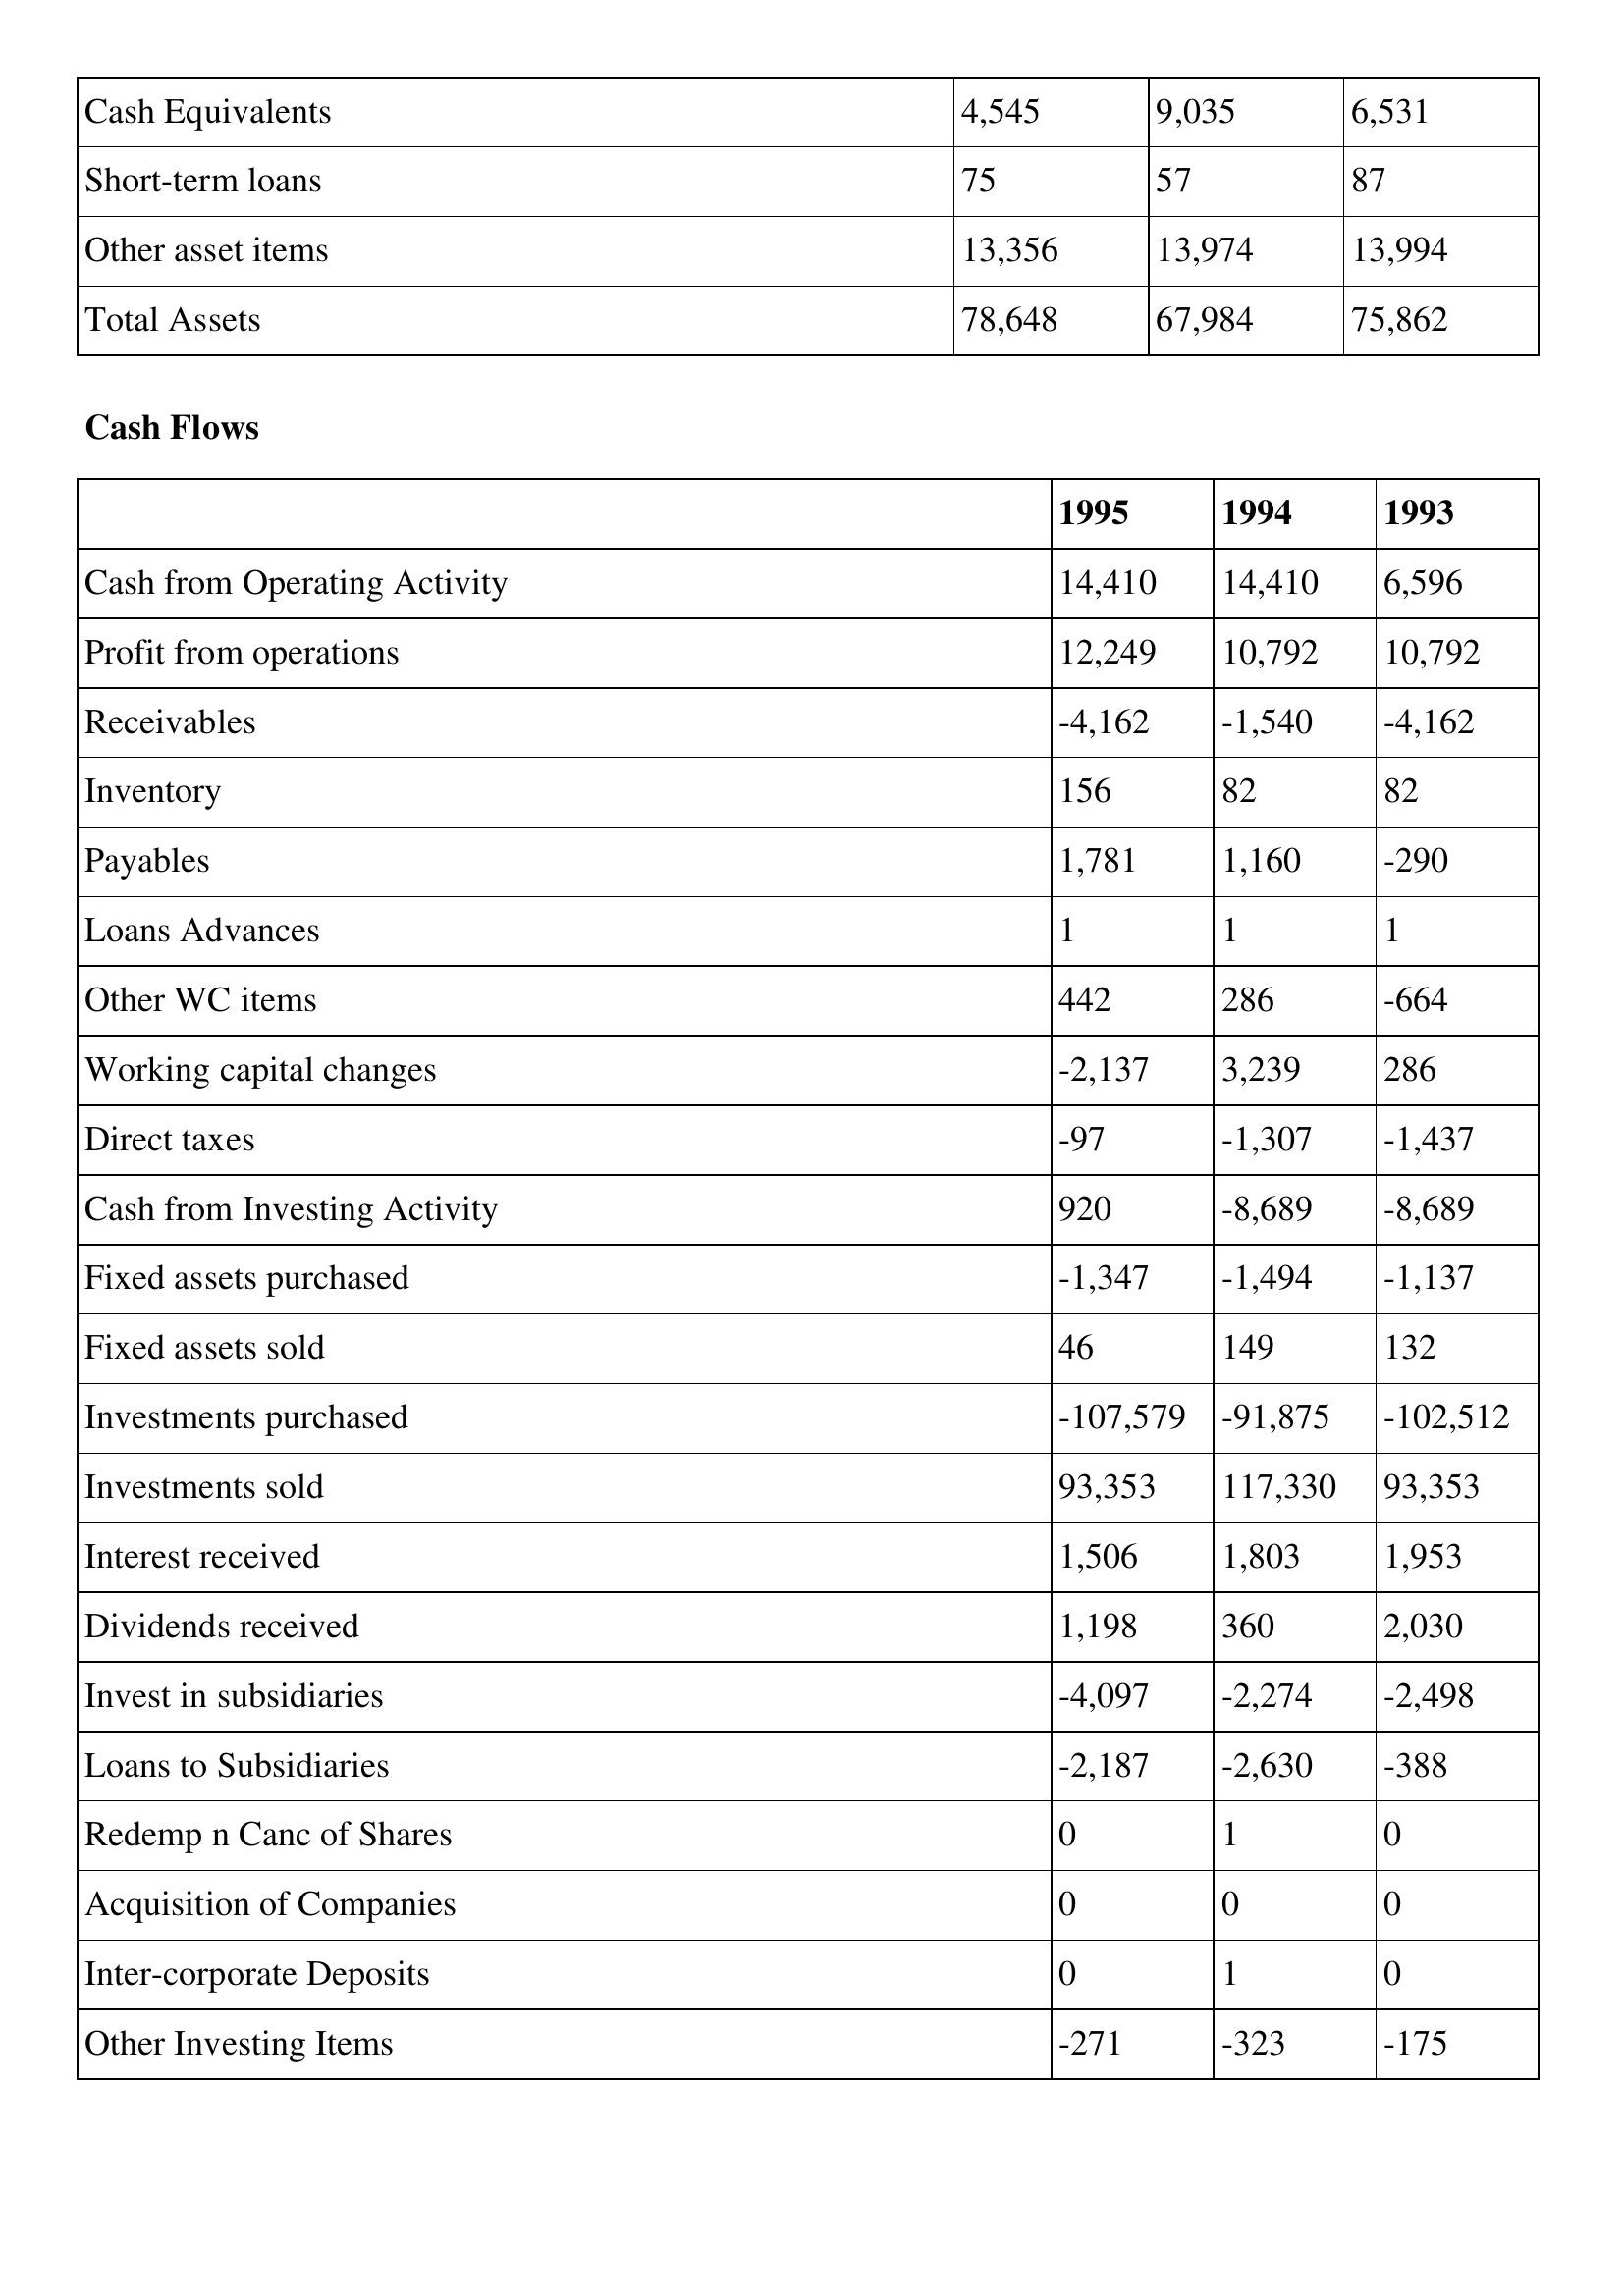
gt_parse: 1995: Balance Sheet: Cash Equivalents: 4,545
Short-term loans: 75
Other asset items: 13,356
Total Assets: 78,648
Cash Flows: Cash from Operating Activity: 14,410
Profit from operations: 12,249
Receivables: -4,162
Inventory: 156
Payables: 1,781
Loans Advances: 1
Other WC items: 442
Working capital changes: -2,137
Direct taxes: -97
Cash from Investing Activity: 920
Fixed assets purchased: -1,347
Fixed assets sold: 46
Investments purchased: -107,579
Investments sold: 93,353
Interest received: 1,506
Dividends received: 1,198
Invest in subsidiaries: -4,097
Loans to Subsidiaries: -2,187
Redemp n Canc of Shares: 0
Acquisition of Companies: 0
Inter-corporate Deposits: 0
Other Investing Items: -271
1994: Balance Sheet: Cash Equivalents: 9,035
Short-term loans: 57
Other asset items: 13,974
Total Assets: 67,984
Cash Flows: Cash from Operating Activity: 14,410
Profit from operations: 10,792
Receivables: -1,540
Inventory: 82
Payables: 1,160
Loans Advances: 1
Other WC items: 286
Working capital changes: 3,239
Direct taxes: -1,307
Cash from Investing Activity: -8,689
Fixed assets purchased: -1,494
Fixed assets sold: 149
Investments purchased: -91,875
Investments sold: 117,330
Interest received: 1,803
Dividends received: 360
Invest in subsidiaries: -2,274
Loans to Subsidiaries: -2,630
Redemp n Canc of Shares: 1
Acquisition of Companies: 0
Inter-corporate Deposits: 1
Other Investing Items: -323
1993: Balance Sheet: Cash Equivalents: 6,531
Short-term loans: 87
Other asset items: 13,994
Total Assets: 75,862
Cash Flows: Cash from Operating Activity: 6,596
Profit from operations: 10,792
Receivables: -4,162
Inventory: 82
Payables: -290
Loans Advances: 1
Other WC items: -664
Working capital changes: 286
Direct taxes: -1,437
Cash from Investing Activity: -8,689
Fixed assets purchased: -1,137
Fixed assets sold: 132
Investments purchased: -102,512
Investments sold: 93,353
Interest received: 1,953
Dividends received: 2,030
Invest in subsidiaries: -2,498
Loans to Subsidiaries: -388
Redemp n Canc of Shares: 0
Acquisition of Companies: 0
Inter-corporate Deposits: 0
Other Investing Items: -175